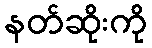
နတ်ဆိုးကို